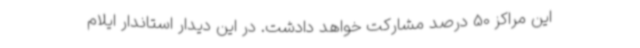
این مراکز 50 درصد مشارکت خواهد دادشت. در این دیدار استاندار ایلام